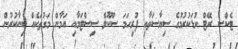
ޓެކްސް ރޭޓް ކުޑަކުރުމުގެ ސިޔާސަތާއި ފުރިހަމަ ސްކޫލް ސިސްޓަމާއި އަމާން މަގުތަކެއް ބިނާކުރުން